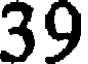
39